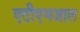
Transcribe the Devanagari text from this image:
एटीएमजाल